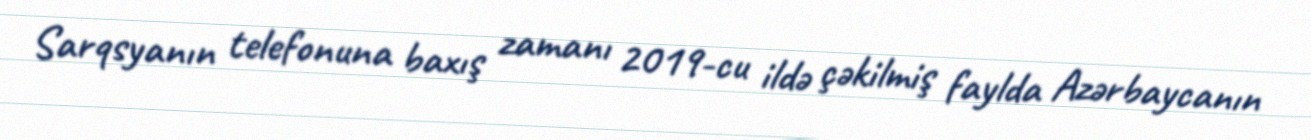
Sarqsyanın telefonuna baxış zamanı 2019-cu ildə çəkilmiş faylda Azərbaycanın